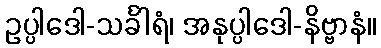
ဥပ္ပါဒေါ-သင်္ခါရံ၊ အနုပ္ပါဒေါ-နိဗ္ဗာနံ။